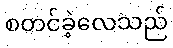
စတင်ခဲ့လေသည်